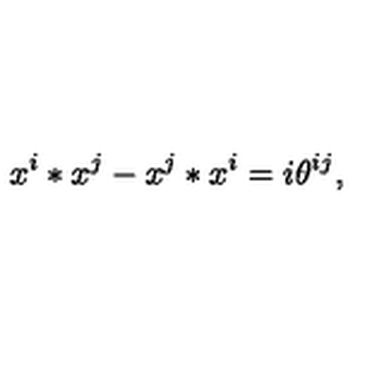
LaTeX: x ^ { i } * x ^ { j } - x ^ { j } * x ^ { i } = i \theta ^ { i j } ,